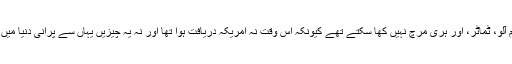
اصحاب کرام آلو، ٹماٹر، اور ہری مرچ نہیں کھا سکتے تھے کیونکہ اس وقت نہ امریکہ دریافت ہوا تھا اور نہ یہ چیزیں یہاں سے پرانی دنیا میں پہنچی تھیں۔